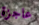
عاجزة